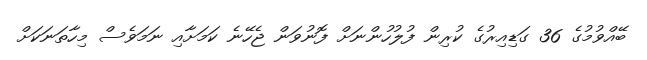
ބޭއްވުމުގެ 36 ގަޑިއިރުގެ ކުރިން ފުލުހުންނަށް ފޮނުވަން ޖެހޭނެ ކަމަށާއި ނަމަވެސް މިހާތަނަކަށް